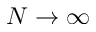
N \to \infty